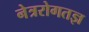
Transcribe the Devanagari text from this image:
नेत्ररोगतज्ञ